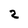
Character: 2